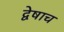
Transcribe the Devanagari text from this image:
द्वेषाच